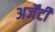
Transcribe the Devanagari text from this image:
अर्जेंटी